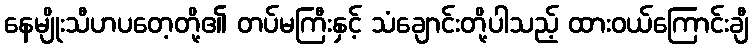
နေမျိုးသီဟပတေ့တို့၏ တပ်မကြီးနှင့် သံချောင်းတို့ပါသည့် ထားဝယ်ကြောင်းချီ